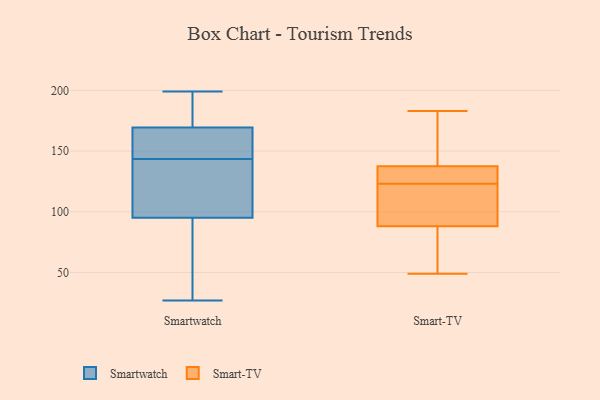
{"axis": {"x": "LTV (USD)", "y": "Value"}, "legend": ["Smart-TV", "Smartwatch"], "data": [{"x": "", "y": 92, "type": "Smartwatch"}, {"x": "", "y": 117, "type": "Smartwatch"}, {"x": "", "y": 125, "type": "Smartwatch"}, {"x": "", "y": 27, "type": "Smartwatch"}, {"x": "", "y": 140, "type": "Smartwatch"}, {"x": "", "y": 149, "type": "Smartwatch"}, {"x": "", "y": 66, "type": "Smartwatch"}, {"x": "", "y": 157, "type": "Smartwatch"}, {"x": "", "y": 64, "type": "Smartwatch"}, {"x": "", "y": 105, "type": "Smartwatch"}, {"x": "", "y": 168, "type": "Smartwatch"}, {"x": "", "y": 147, "type": "Smartwatch"}, {"x": "", "y": 173, "type": "Smartwatch"}, {"x": "", "y": 171, "type": "Smartwatch"}, {"x": "", "y": 163, "type": "Smartwatch"}, {"x": "", "y": 184, "type": "Smartwatch"}, {"x": "", "y": 98, "type": "Smartwatch"}, {"x": "", "y": 173, "type": "Smartwatch"}, {"x": "", "y": 50, "type": "Smartwatch"}, {"x": "", "y": 199, "type": "Smartwatch"}, {"x": "", "y": 174, "type": "Smart-TV"}, {"x": "", "y": 108, "type": "Smart-TV"}, {"x": "", "y": 62, "type": "Smart-TV"}, {"x": "", "y": 135, "type": "Smart-TV"}, {"x": "", "y": 94, "type": "Smart-TV"}, {"x": "", "y": 95, "type": "Smart-TV"}, {"x": "", "y": 145, "type": "Smart-TV"}, {"x": "", "y": 126, "type": "Smart-TV"}, {"x": "", "y": 183, "type": "Smart-TV"}, {"x": "", "y": 70, "type": "Smart-TV"}, {"x": "", "y": 123, "type": "Smart-TV"}, {"x": "", "y": 135, "type": "Smart-TV"}, {"x": "", "y": 49, "type": "Smart-TV"}]}